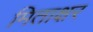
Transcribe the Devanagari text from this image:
मिताक्षर